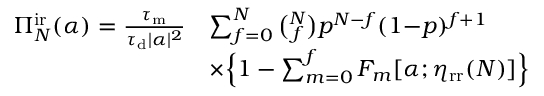
\begin{array} { r l } { \Pi _ { N } ^ { \mathrm { i r } } ( \alpha ) = \frac { \tau _ { \mathrm { m } } } { \tau _ { \mathrm { d } } | \alpha | ^ { 2 } } } & { \sum _ { f = 0 } ^ { N } \binom { N } { f } p ^ { N - f } ( 1 { - } p ) ^ { f + 1 } } \\ & { \times \Big \{ 1 - \sum _ { m = 0 } ^ { f } F _ { m } [ \alpha ; \eta _ { \mathrm { r r } } ( N ) ] \Big \} } \end{array}